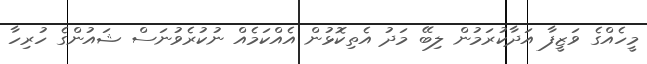
މީހެއްގެ ވަޒީފާ އަދާކުރަމުން ލިބޭ މަދު އެތިކޮޅުން އެއްކަމެއް ނުކުރެވުނަސް ޝައުންގެ ހުރިހާ